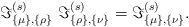
LaTeX: \begin{align*}\Im _{\{\mu \},\{\rho \}}^{(s)}~\Im _{\{\rho \},\{\nu \}}^{(s)}=\Im _{\{\mu\},\{\nu \}}^{(s)}.\end{align*}